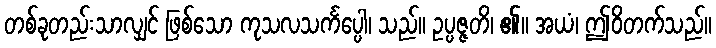
တစ်ခုတည်းသာလျှင် ဖြစ်သော ကုသလသင်္ကပ္ပေါ၊ သည်။ ဥပ္ပဇ္ဇတိ၊ ၏။ အယံ၊ ဤဝိတက်သည်။